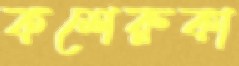
কশেরুকা